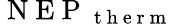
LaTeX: \mathrm{~N~E~P~}_{\mathrm{~t~h~e~r~m~}}